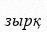
зырқ